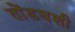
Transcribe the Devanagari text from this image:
तोंडघशी